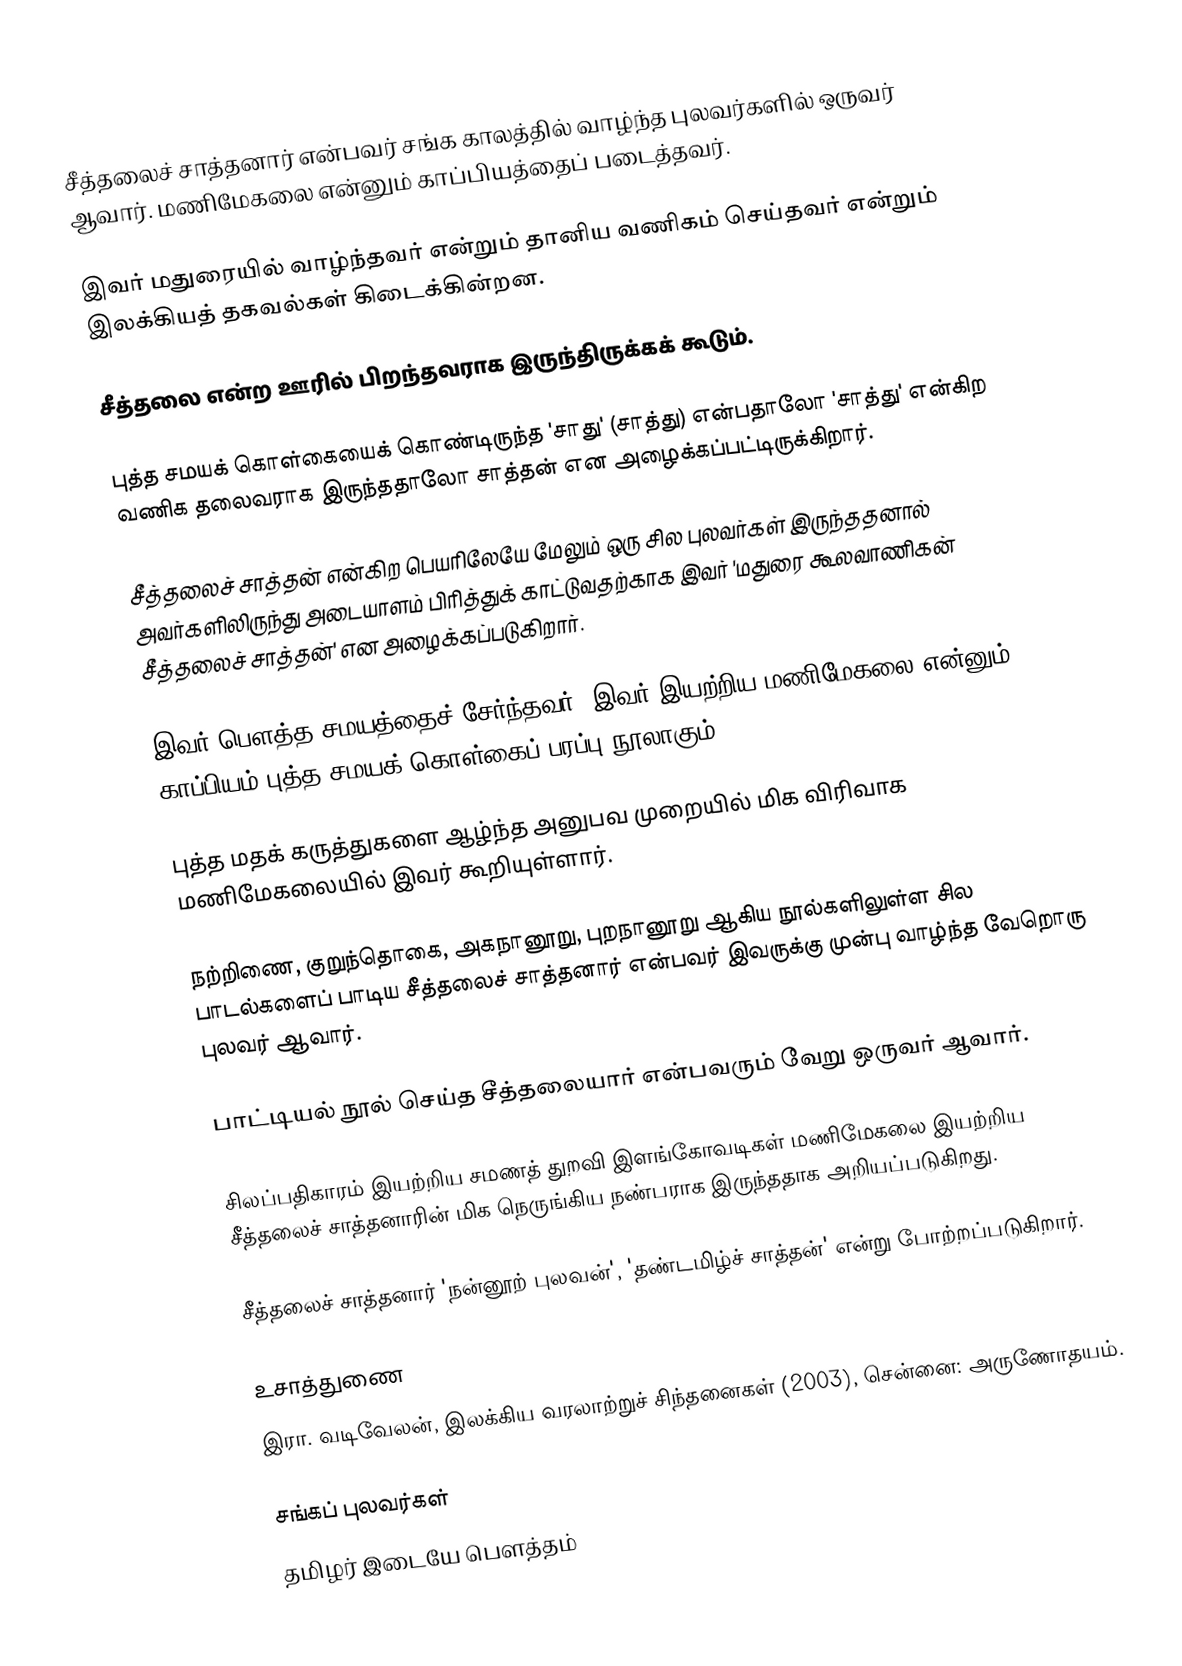
சீத்தலைச் சாத்தனார் என்பவர் சங்க காலத்தில் வாழ்ந்த புலவர்களில் ஒருவர் ஆவார். மணிமேகலை என்னும் காப்பியத்தைப் படைத்தவர்.

இவர் மதுரையில் வாழ்ந்தவர் என்றும் தானிய வணிகம் செய்தவர் என்றும் இலக்கியத் தகவல்கள் கிடைக்கின்றன.

சீத்தலை என்ற ஊரில் பிறந்தவராக இருந்திருக்கக் கூடும்.

புத்த சமயக் கொள்கையைக் கொண்டிருந்த 'சாது' (சாத்து) என்பதாலோ 'சாத்து' என்கிற வணிக தலைவராக இருந்ததாலோ சாத்தன் என அழைக்கப்பட்டிருக்கிறார்.

சீத்தலைச் சாத்தன் என்கிற பெயரிலேயே மேலும் ஒரு சில புலவர்கள் இருந்ததனால் அவர்களிலிருந்து அடையாளம் பிரித்துக் காட்டுவதற்காக இவர் 'மதுரை கூலவாணிகன் சீத்தலைச் சாத்தன்' என அழைக்கப்படுகிறார்.

இவர் பௌத்த சமயத்தைச் சேர்ந்தவர். இவர் இயற்றிய மணிமேகலை என்னும் காப்பியம் புத்த சமயக் கொள்கைப் பரப்பு நூலாகும்.

புத்த மதக் கருத்துகளை ஆழ்ந்த அனுபவ முறையில் மிக விரிவாக மணிமேகலையில் இவர் கூறியுள்ளார்.

நற்றிணை, குறுந்தொகை, அகநானூறு, புறநானூறு ஆகிய நூல்களிலுள்ள சில பாடல்களைப் பாடிய சீத்தலைச் சாத்தனார் என்பவர் இவருக்கு முன்பு வாழ்ந்த வேறொரு புலவர் ஆவார்.

பாட்டியல் நூல் செய்த சீத்தலையார் என்பவரும் வேறு ஒருவர் ஆவார்.

சிலப்பதிகாரம் இயற்றிய சமணத் துறவி இளங்கோவடிகள் மணிமேகலை இயற்றிய சீத்தலைச் சாத்தனாரின் மிக நெருங்கிய நண்பராக இருந்ததாக அறியப்படுகிறது.

சீத்தலைச் சாத்தனார் 'நன்னூற் புலவன்', 'தண்டமிழ்ச் சாத்தன்' என்று போற்றப்படுகிறார்.

உசாத்துணை
 இரா. வடிவேலன், இலக்கிய வரலாற்றுச் சிந்தனைகள் (2003), சென்னை: அருணோதயம்.

சங்கப் புலவர்கள்
தமிழர் இடையே பௌத்தம்